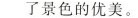
了景色的优美。